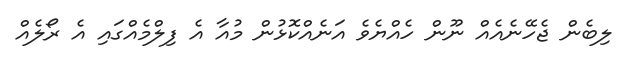
ލިބެން ޖެހޭނެއެއް ނޫން ހެއްޔެވެ އަނެއްކޮޅުން މުއާ އެ ފިލްމެއްގައި އެ ރޯލެއް